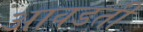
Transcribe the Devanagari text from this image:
आवडतीं